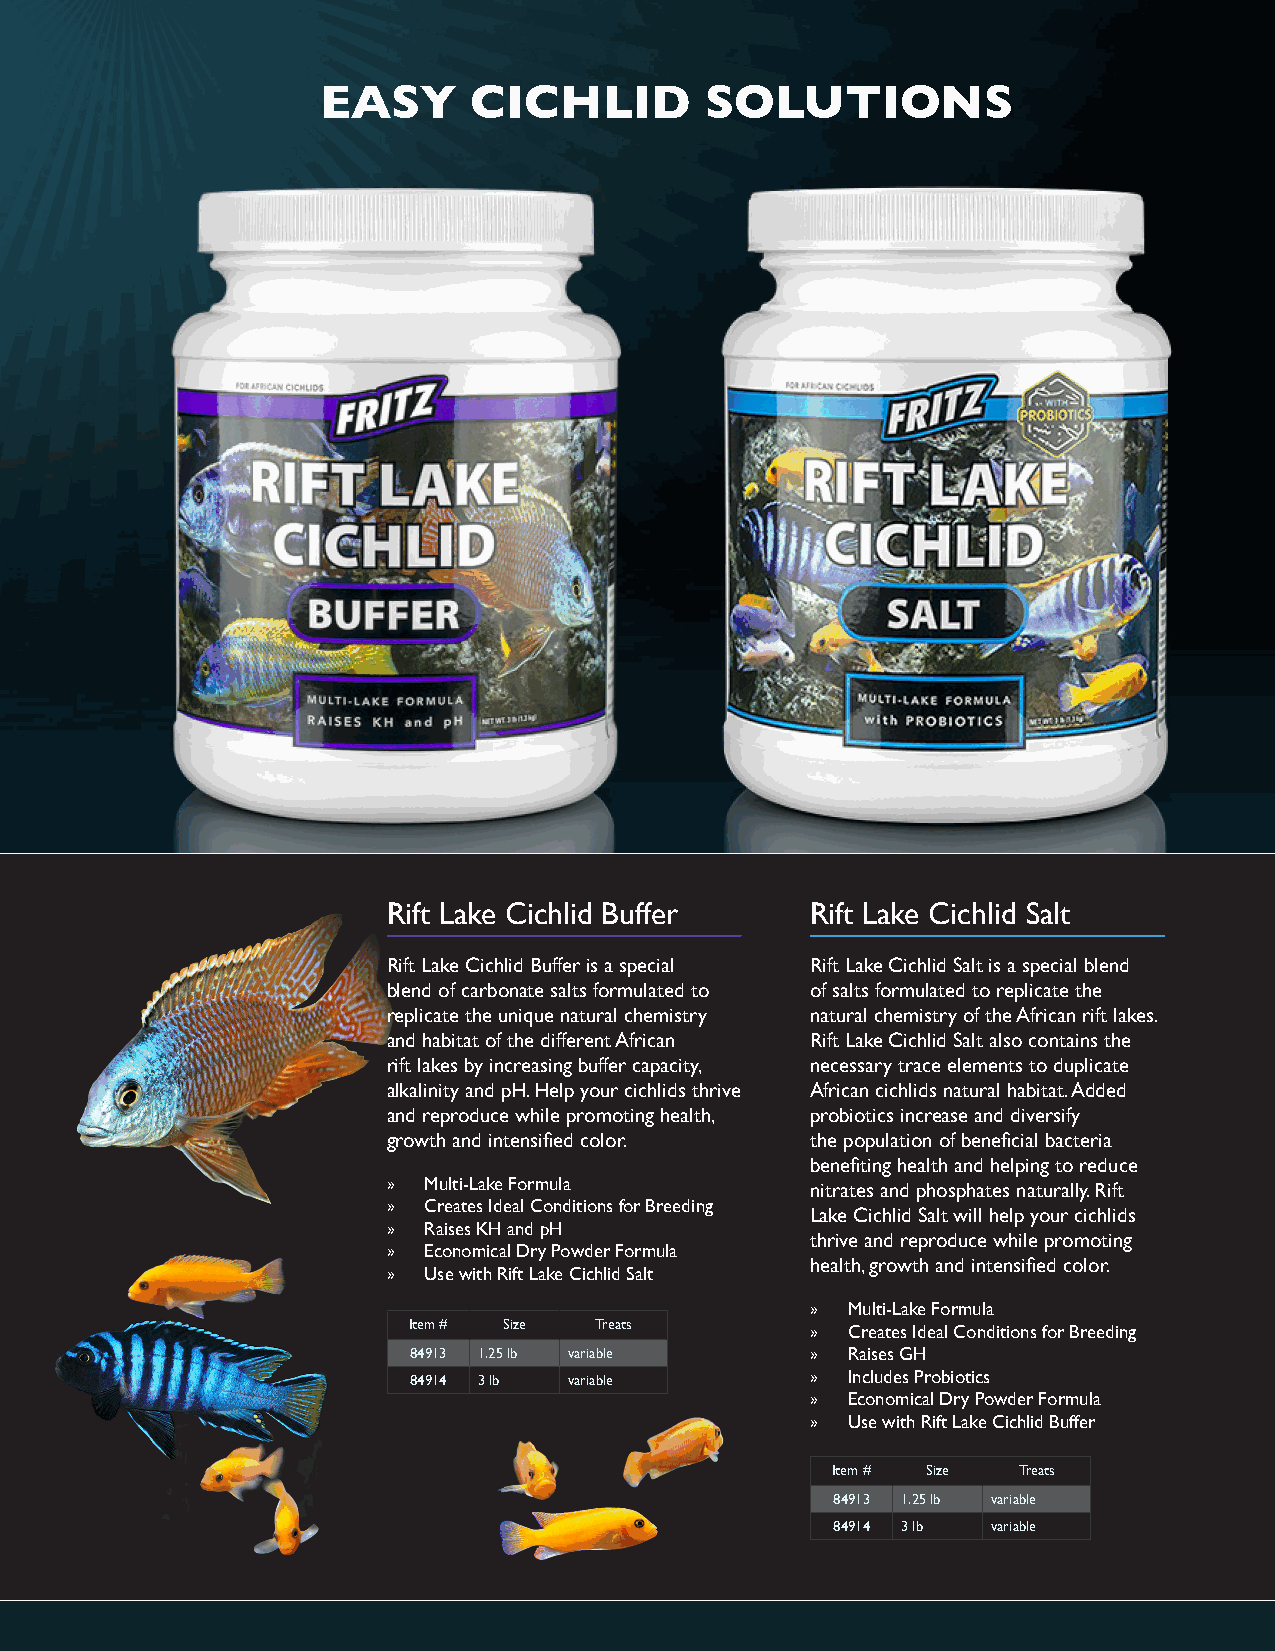
EASY      CICHLID         SOLUTIONS
 Rift Lake Cichlid Buffer    Rift Lake Cichlid Salt
 Rift Lake Cichlid Buffer is a special Rift Lake Cichlid Salt is a special blend
 blend of carbonate salts formulated to of salts formulated to replicate the
 replicate the unique natural chemistry natural chemistry of the African rift lakes.
 and habitat of the different African Rift Lake Cichlid Salt also contains the
 rift lakes by increasing buffer capacity, necessary trace elements to duplicate
 alkalinity and pH. Help your cichlids thrive African cichlids natural habitat. Added
 and reproduce while promoting health, probiotics increase and diversify
 growth and intensified color. the population of beneficial bacteria
 benefiting health and helping to reduce
 » Multi-Lake Formula        nitrates and phosphates naturally. Rift
 » Creates Ideal Conditions for Breeding
 Lake Cichlid Salt will help your cichlids
 » Raises KH and pH
 thrive and reproduce while promoting
 » Economical Dry Powder Formula
 health, growth and intensified color.
 » Use with Rift Lake Cichlid Salt
 » Multi-Lake Formula
 Item # Size Treats         » Creates Ideal Conditions for Breeding
 84913 1.25 lb variable     » Raises GH
 84914 3 lb variable        » Includes Probiotics
 » Economical Dry Powder Formula
 » Use with Rift Lake Cichlid Buffer
 Item # Size Treats
 84913 1.25 lb variable
 84914 3 lb variable